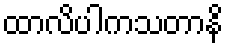
ထာလိပါကသတာနိ